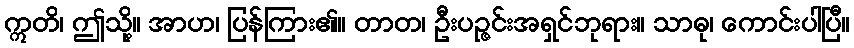
ဣတိ၊ ဤသို့။ အာဟ၊ ပြန်ကြား၏။ တာတ၊ ဦးပဉ္ဇင်းအရှင်ဘုရား။ သာဓု၊ ကောင်းပါပြီ။